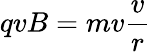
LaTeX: qvB=mv{\frac{v}{r}}